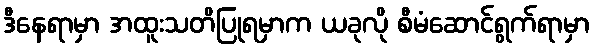
ဒီနေရာမှာ အထူးသတိပြုရမှာက ယခုလို စီမံဆောင်ရွက်ရာမှာ